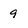
Character: 9